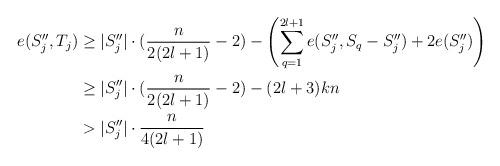
LaTeX: \begin{align*}e(S_j'',T_j)&\geq|S_j''|\cdot(\frac{n}{2(2l+1)}-2)-\left(\sum\limits_{q=1}^{2l+1}e(S_j'',S_q-S_j'')+2e(S_j'')\right)\\&\geq|S_j''|\cdot(\frac{n}{2(2l+1)}-2)-(2l+3)kn\\&>|S_j''|\cdot \frac{n}{4(2l+1)}\end{align*}